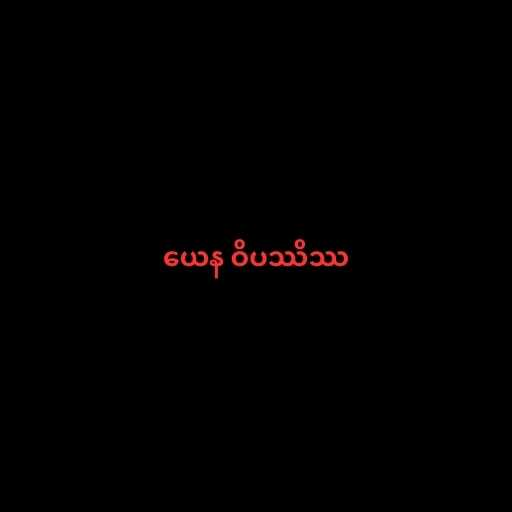
ယေန ဝိပဿိဿ